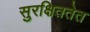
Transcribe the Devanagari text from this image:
सुरक्षिततेत